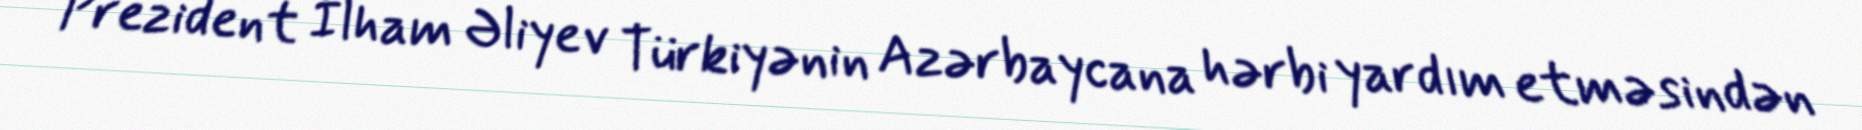
Prezident İlham Əliyev Türkiyənin Azərbaycana hərbi yardım etməsindən